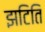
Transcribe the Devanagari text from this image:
झटिति